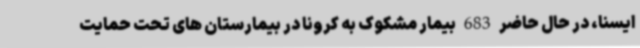
ایسنا، در حال حاضر 683 بیمار مشکوک به کرونا در بیمارستان های تحت حمایت